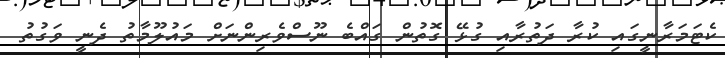
ކެޓަމަރާނީގައި ކުރާ ދަތުރާއި ގުޅޭ ގޮތުން ގައްބެ ނޫސްވެރިންނަށް މައުލޫމާތު ދެނީ ވަގުތު